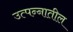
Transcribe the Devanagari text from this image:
उत्पन्‍नातील